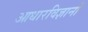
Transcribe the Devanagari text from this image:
आधारविज्ञानों